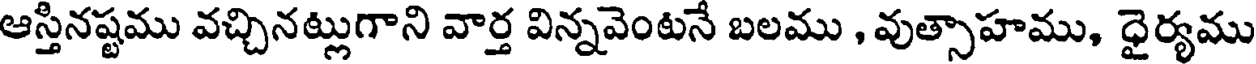
ఆస్తినష్టము వచ్చినట్లుగాని వార్త విన్నవెంటనే బలము , వుత్సాహము, ధైర్యము